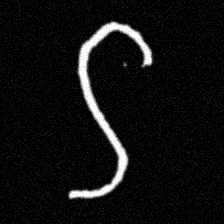
Pyu character \u2014 Myanmar letter: ဌ (romanized: ttha)